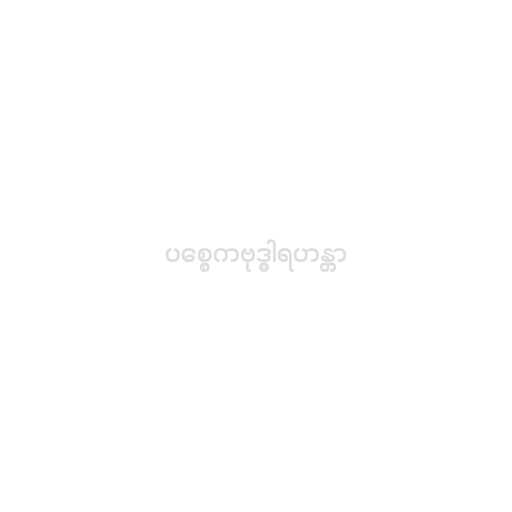
ပစ္စေကဗုဒ္ဓါရဟန္တာ